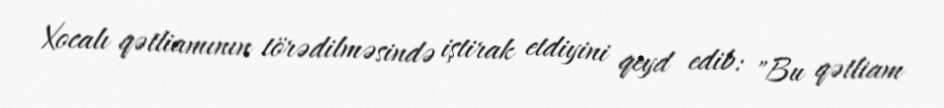
Xocalı qətliamının törədilməsində iştirak etdiyini qeyd edib: "Bu qətliam